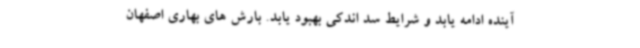
آینده ادامه یابد و شرایط سد اندکی بهبود یابد. بارش های بهاری اصفهان